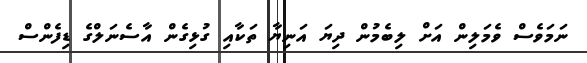
ނަމަވެސް ވެމަލިން އަށް ލިބެމުން ދިޔަ އަނިޔާ ތަކާއި ގުޅިގެން އާސެނަލްގެ ޑިފެންސް